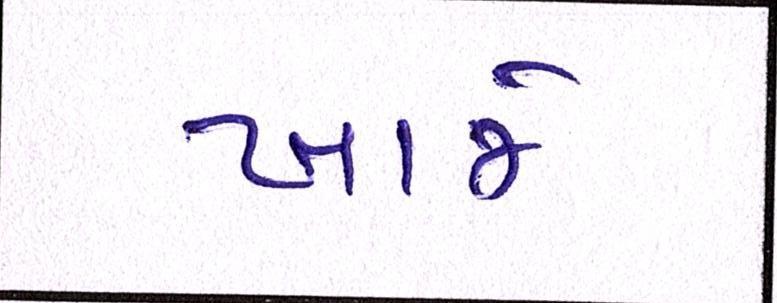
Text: ખાજે